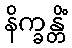
နိက္ခန္တိံ